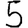
Digit: 5